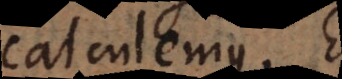
calculemus. Et